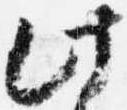
此